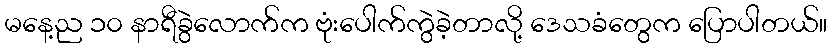
မနေ့ည ၁၀ နာရီခွဲလောက်က ဗုံးပေါက်ကွဲခဲ့တာလို့ ဒေသခံတွေက ပြောပါတယ်။